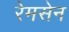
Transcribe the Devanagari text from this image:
रेमसेन